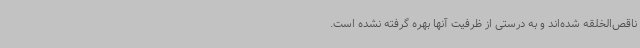
ناقص‌الخلقه شده‌اند و به درستی از ظرفیت آنها بهره گرفته نشده است.